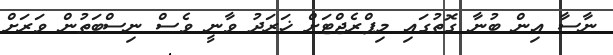
ނާސާ އިން ބުނާ ގޮތުގައި މިޕްރެޖްޓަށް ޚަރަދު ވާނީ ވެސް ނިސްބަތުން ވަރަށް